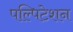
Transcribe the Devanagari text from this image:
पल्पिटेशन